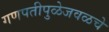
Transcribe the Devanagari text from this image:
गणपतीपुळेजवळचे